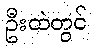
ဦးထဲတွင်